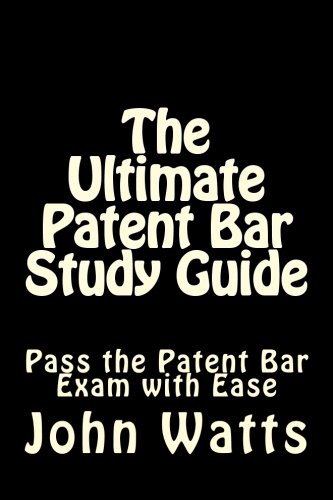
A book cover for The Ultimate Patent Bar Study Guide: Pass the Patent Bar Exam with Ease; John Watts Esq.; Test Preparation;